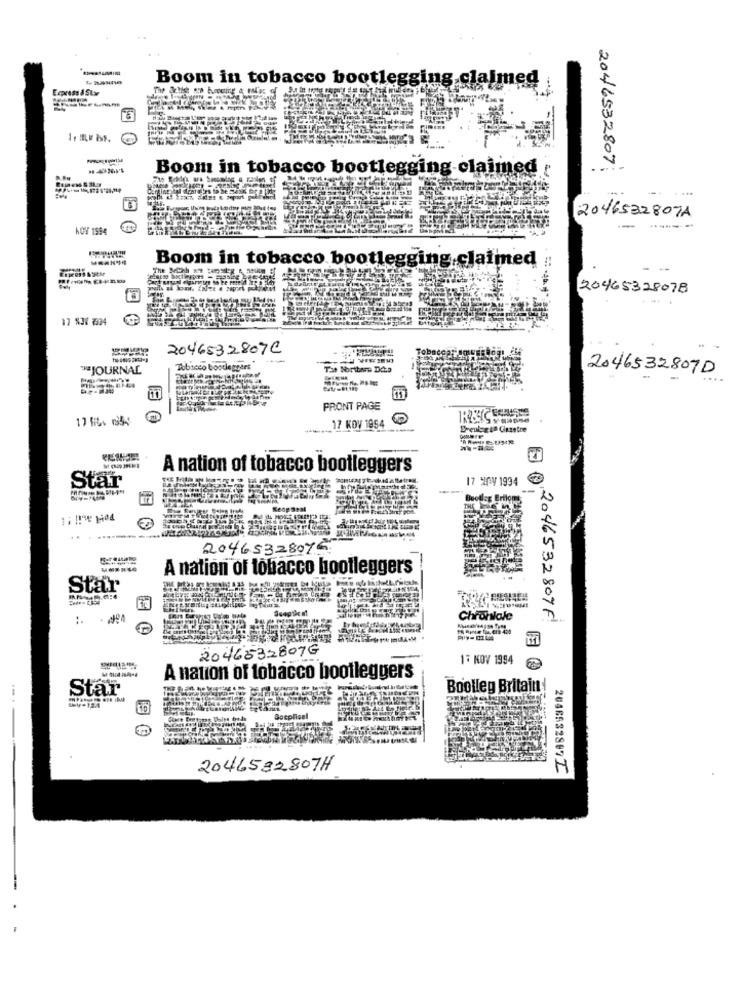
Boom in tobacco bootlegging clalmed
Egxess a Star
Boom in tobacco bootlegging-claimed
2046532807
2046532807A
KOV 1584
---
Boom in tobacco bootlegging,claimed
=- 2
20465328078
17 NOV 3504
2046532807C
*JOURNAL
Tobacco bootleggers
Ta Bortbara Dcza
20465328070
FRONT PAGE
17 f. 154
17 KOV 1954
Breulogia Glazetre
A nation of tobacco bootleggers
Star
17 Hny 1994
--
1: 1198 104
2046532807
A nation of tobacco bootleggers
Star
:.
Chroniole
D02046532807F
---
2046532807G
17 KOV 1994
A nation of tobacco bootleggers
Star
Boolleg Britain
Goeplicel
2046582807H
2046632887Z